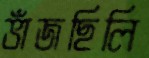
ভাঁজছিলি